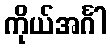
ကိုယ်အင်္ဂါ